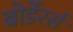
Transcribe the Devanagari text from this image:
बोर्डेरर्स